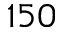
1 5 0